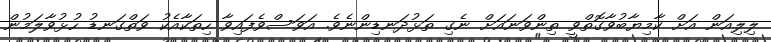
ލިލިއަން އަށް ކާމިޔާބުވާގޮތްވީ ތިންވަނައަށް ނެގި ތަޅުދަނޑިންނެވެ. އަވަސްވެފައިވާ ހިތަކާއެކު ވަތްގަނޑު ހުޅުވާލަމުން